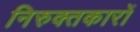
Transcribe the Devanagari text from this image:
निरुक्तकारों